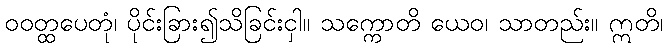
ဝဝတ္ထပေတုံ၊ ပိုင်းခြား၍သိခြင်းငှါ။ သက္ကောတိ ယေဝ၊ သာတည်း။ ဣတိ၊